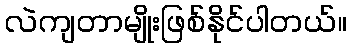
လဲကျတာမျိုးဖြစ်နိုင်ပါတယ်။